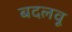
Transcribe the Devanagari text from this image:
बदलवू